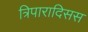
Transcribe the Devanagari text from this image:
त्रिपारादिसस